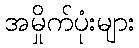
အမှိုက်ပုံးများ